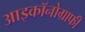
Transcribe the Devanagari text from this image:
आइकॉनोग्राफी